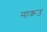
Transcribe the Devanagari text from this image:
नाकउ